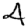
Digit: 4